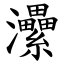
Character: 㶟